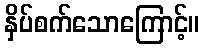
နှိပ်စက်သောကြောင့်။